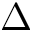
\Delta